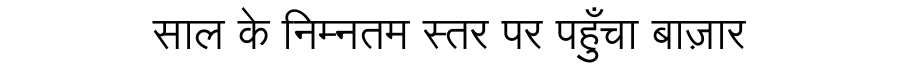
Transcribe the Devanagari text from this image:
साल के निम्नतम स्तर पर पहुँचा बाज़ार